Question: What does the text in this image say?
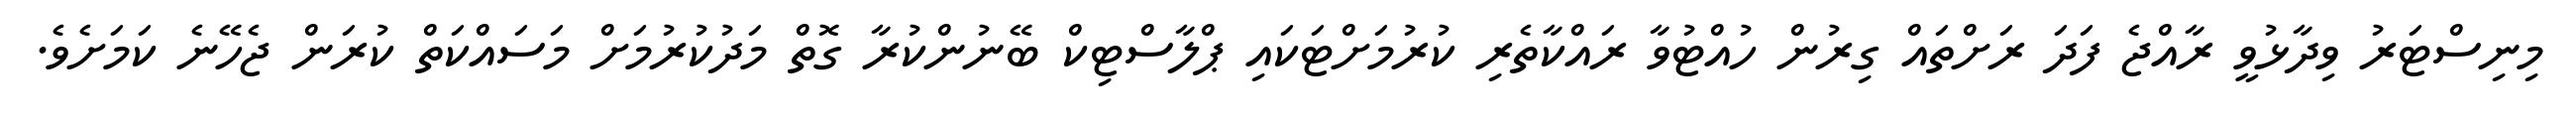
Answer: މިނިސްޓަރު ވިދާޅުވީ ރާއްޖެ ފަދަ ރަށްތައް ގިރުން ހުއްޓުވާ ރައްކާތެރި ކުރުމަށްޓަކައި ޕްލާސްޓިކް ބޭނުންކުރާ ގޮތް މަދުކުރުމަށް މަސައްކަތް ކުރަން ޖެހޭނެ ކަމަށެވެ.